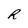
Character: R